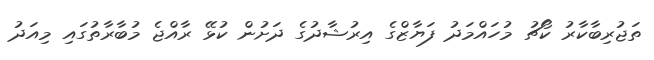
ތަޖުރިބާކާރު ކޯޗު މުހައްމަދު ފަޔާޒްގެ އިރުޝާދުގެ ދަށުން ކުޅޭ ރާއްޖެ މުބާރާތުގައި މިއަދު